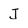
Character: J